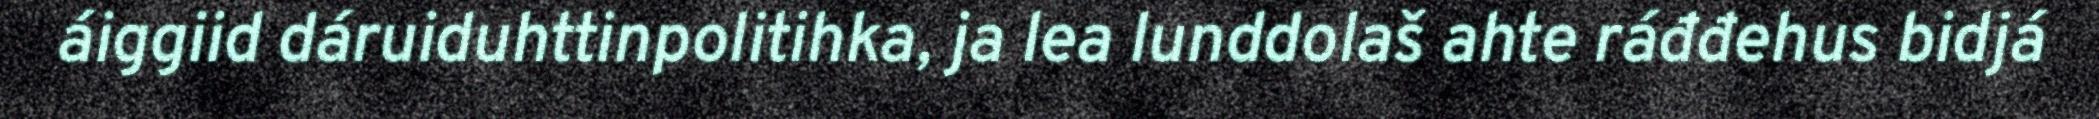
áiggiid dáruiduhttinpolitihka, ja lea lunddolaš ahte ráđđehus bidjá